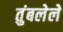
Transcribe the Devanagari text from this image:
तुंबलेले